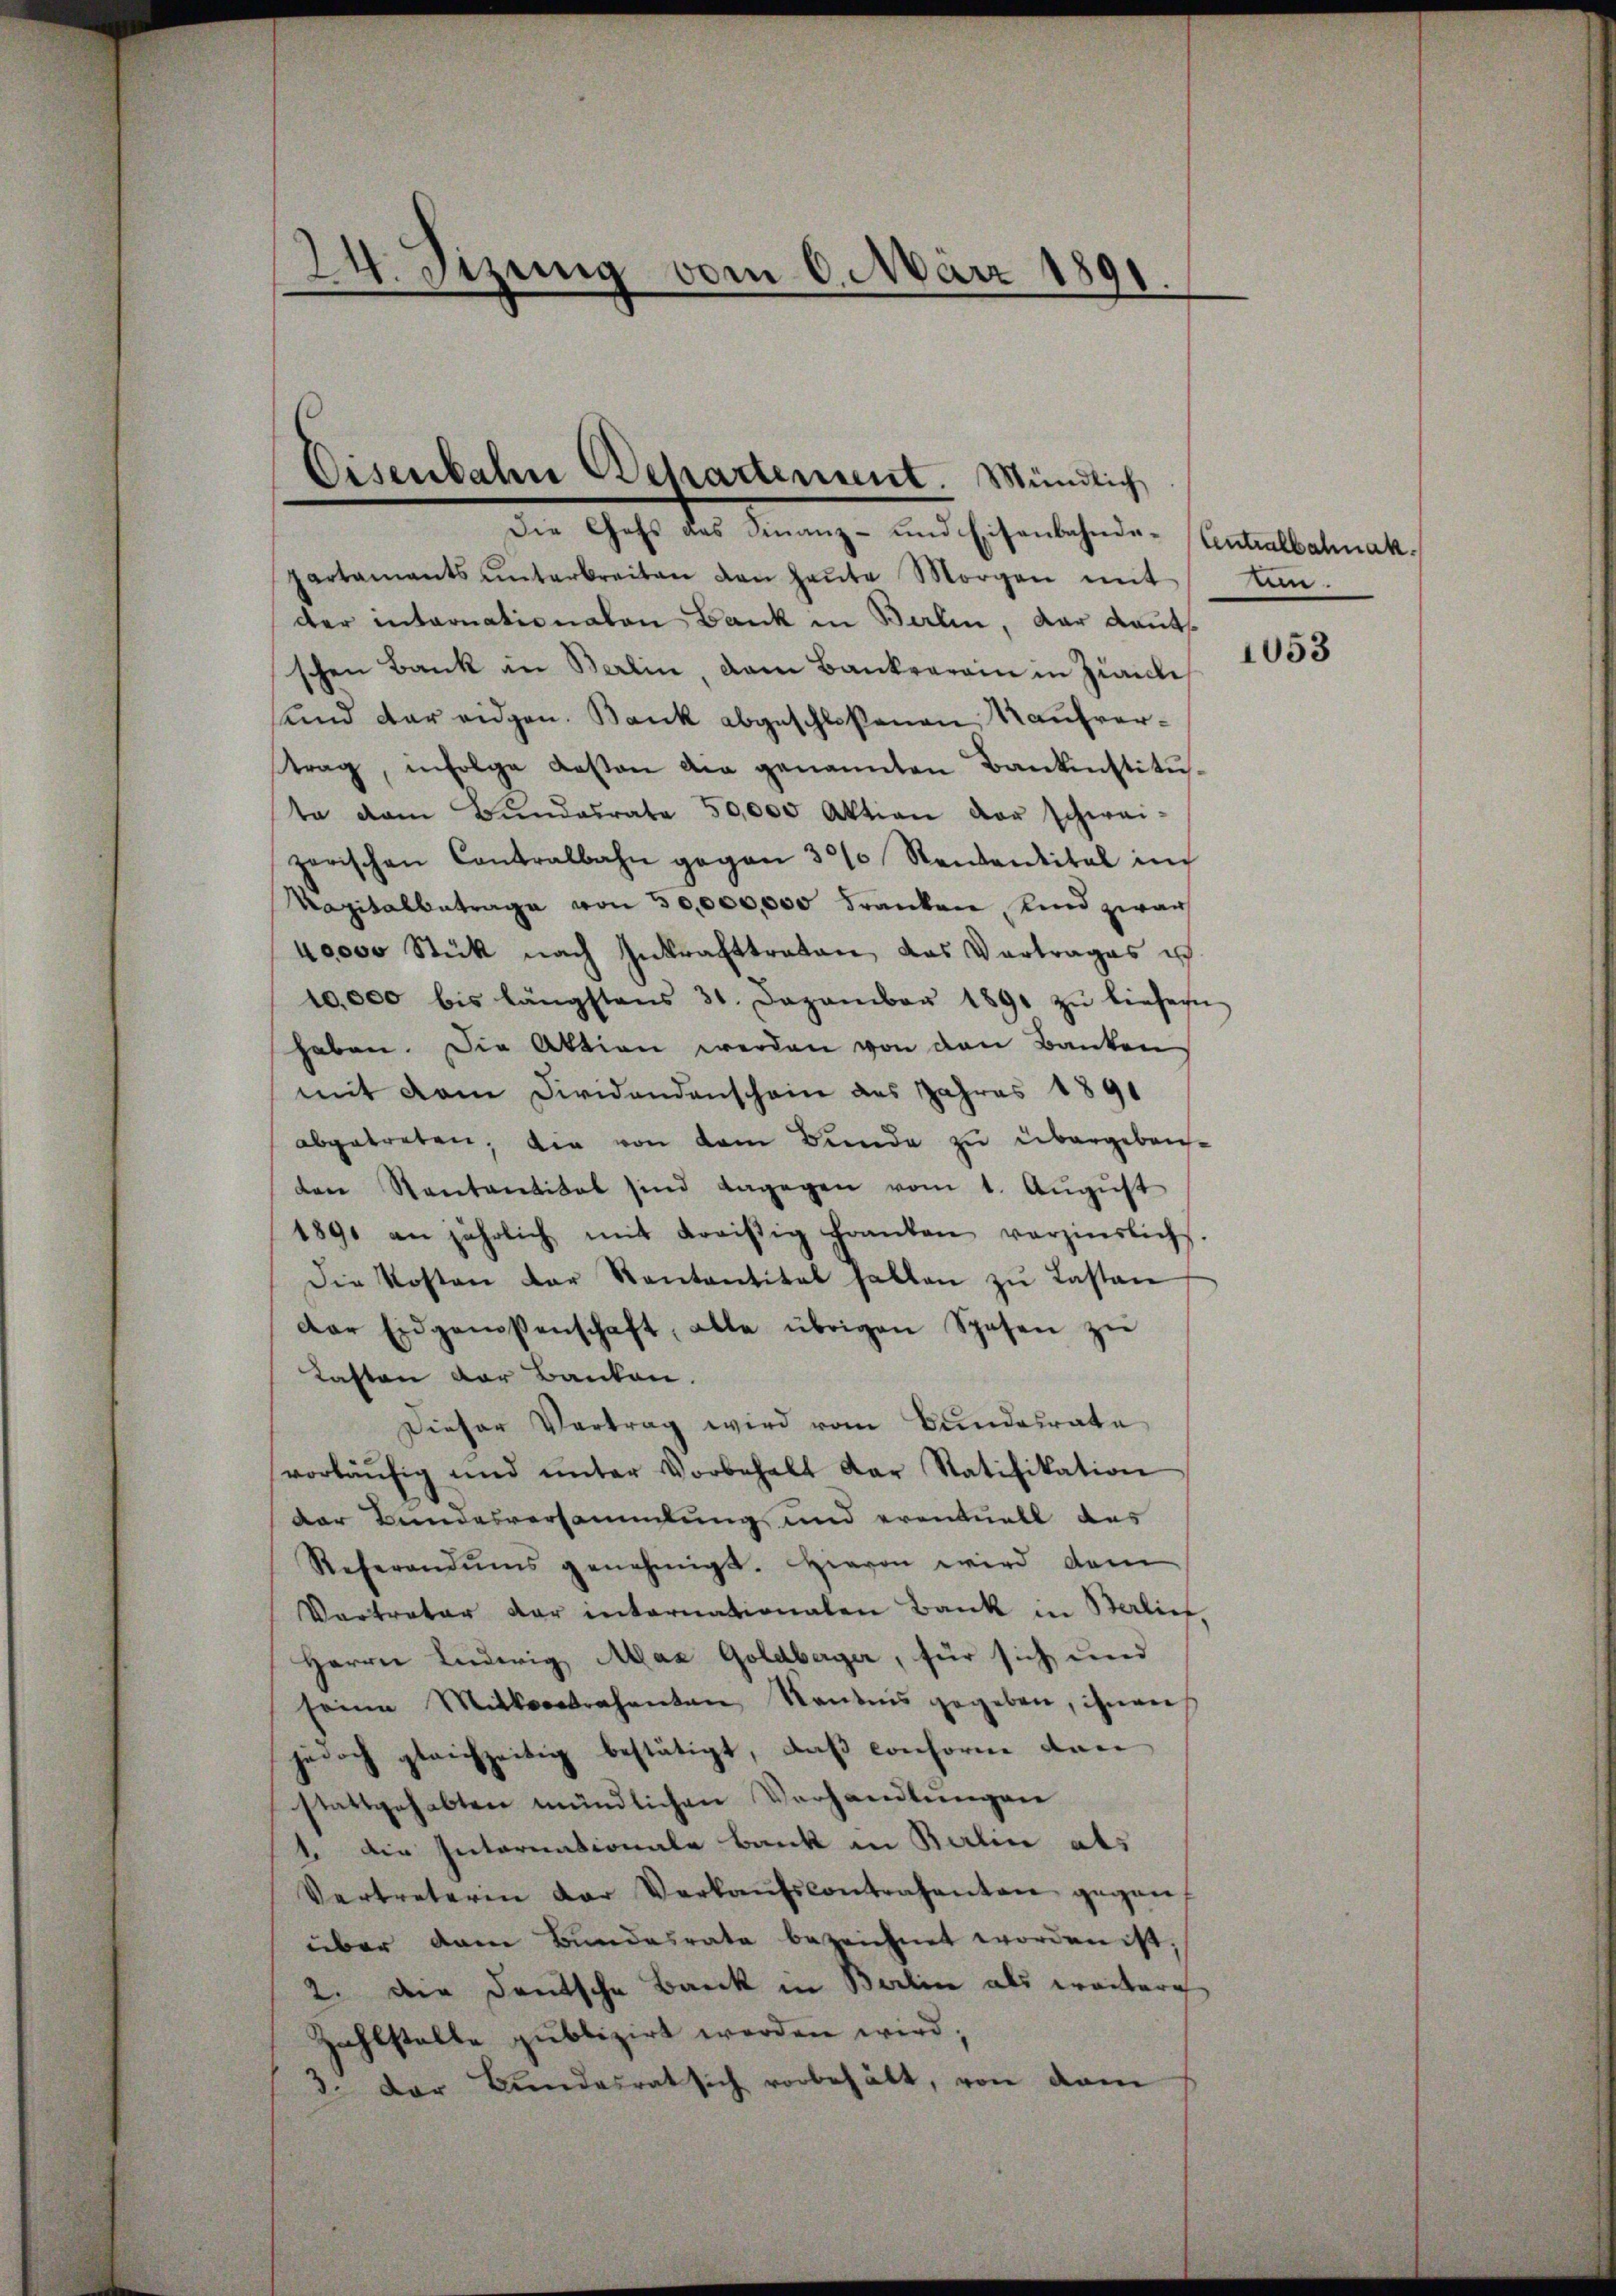
24. Sizung vom 6. März 1891.

Die Gehs des Finanz- und Eisenbahndapartaments ŭnterbreiten den heŭte Morgen mit tun.
der internationaten Bank in Berlin, der Kauts
schen Bank in Berlin, dann Bankrarain in Zivile
sund der eidgen. Bank abgeschloßenen Kaufvertrag, infolge Kasten die genannten Bankinstituta dem Bŭndesrate 50,000 Aktion der schwei-
zerischen Contralbahn gegen 30% Rendantital im
Kapitalbetrage von 50,000,000 Franken, und zwar
40000 Stück nach Inkrafttreten das Vertrages is
10,000 bis längstens 31. Dezember 1891 zŭ liefen
haben. Die Aktion werden von den Banken
mit dem Dividandenschein des Jahres 1891
abgetreten, die von dem Bunde zu übergebensten Kantantitat sind dagegen vom 1. Aŭgŭst
1891 an jährlich mit Kreisig Franken verzinslichs.
Die Kosten der Kantantital halten zŭ Lastan
der Eidgenossenschaft, alle übrigen Spesen zŭ
Kasten der Banken.
Dieser Vertrag wird vom Bundesrate
vorläŭfig und ŭnter Vorbehalt der Ratifikation
Der Bundesversammlung und eventuell des
Referandŭms genehmigt. Hievon wird dem
Vertreter der internationalen Bank in Berlief,
Herrn Ludwig Max Goldberger, für sich und
seine Mitkontrahenten Ständnis gegeben, ihnen
jedoch gleichzeitig bestätigt, daß conforne dan
stattgehabten mündlichen Verhandlungen
1. Die Internationale Bank in Berlin als
Vertreterin der Verkaŭfscontrahenten gegen
über dem Bundesrate bezeichnet worden ist;
2. Die Deutsche Bank in Berlin als weitere
Zahlstelle publizirt werden wird;
3. Der Bundesrat sich vorbehält, von dam

d
Eisenbahn Behartement. Mündlich

Centralbahnak

1053